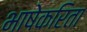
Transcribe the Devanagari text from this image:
भाषेकरिता